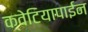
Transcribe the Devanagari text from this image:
क्वेटियापाईन